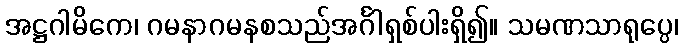
အဋ္ဌဂါမိကေ၊ ဂမနာဂမနစသည်အင်္ဂါရှစ်ပါးရှိ၍။ သမဏသာရုပ္ပေ၊